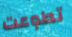
تطوعت